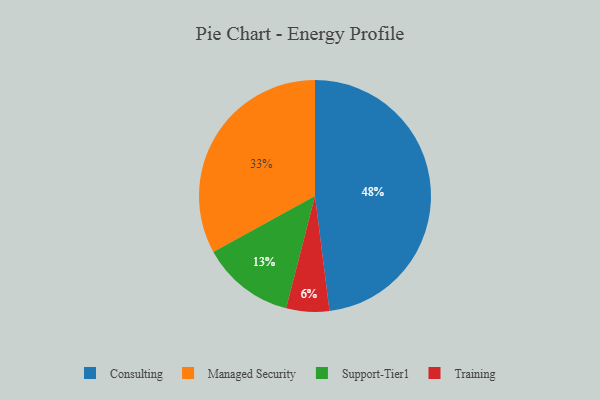
{"axis": {"x": "Category", "y": "Percentage"}, "legend": ["Consulting", "Managed Security", "Support-Tier1", "Training"], "data": [{"x": "Managed Security", "y": 33, "type": "Managed Security"}, {"x": "Consulting", "y": 48, "type": "Consulting"}, {"x": "Support-Tier1", "y": 13, "type": "Support-Tier1"}, {"x": "Training", "y": 6, "type": "Training"}]}